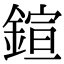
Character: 鍹